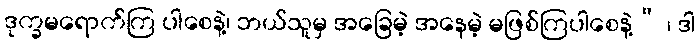
ဒုက္ခမရောက်ကြ ပါစေနဲ့၊ ဘယ်သူမှ အခြေမဲ့ အနေမဲ့ မဖြစ်ကြပါစေနဲ့” ၊ ဒါ